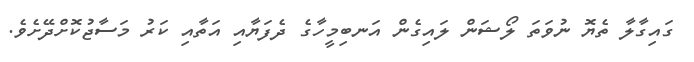
ގައިގާލާ ތެޔޮ ނުވަތަ ލޯޝަން ލައިގެން އަނބިމީހާގެ ދެފަޔާއި އަތާއި ކަރު މަސާޖުކޮށްދޭށެވެ.